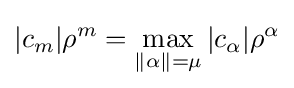
|c_{m}|\rho ^{m}=\max _{\|\alpha \|=\mu }|c_{\alpha }|\rho ^{\alpha }